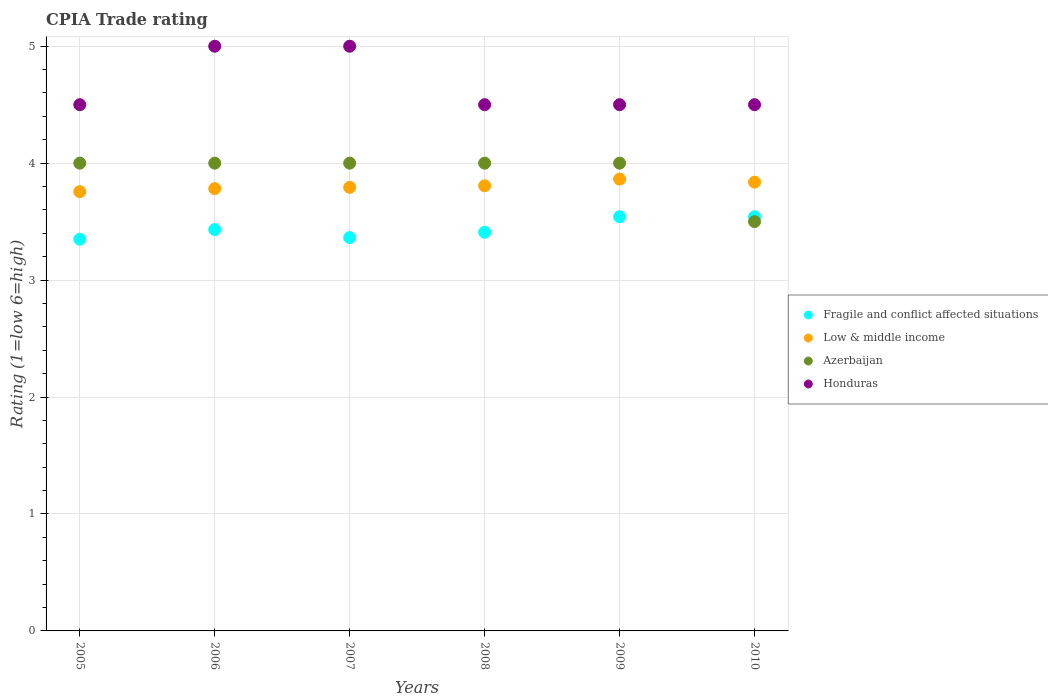
| Years | Fragile and conflict affected situations | Low & middle income | Azerbaijan | Honduras |
 | --- | --- | --- | --- | --- |
 | 2005 | 3.35 | 3.76 | 4 | 4.5 |
 | 2006 | 3.43 | 3.78 | 4 | 5 |
 | 2007 | 3.36 | 3.79 | 4 | 5 |
 | 2008 | 3.41 | 3.81 | 4 | 4.5 |
 | 2009 | 3.54 | 3.86 | 4 | 4.5 |
 | 2010 | 3.54 | 3.84 | 3.5 | 4.5 |